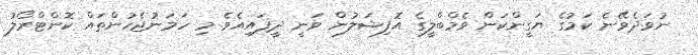
ނުވަދެވޭނެ ކަމުގެ ޔަގީންކަން ވެމްބްލީގެ އޮފިޝަލުން ވަނީ ދީފައިއެވެ. މި ހަމަނުޖެހުންތައް ކޮންޓްރޯލު